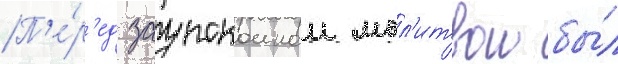
П'е́р'ед заупокоинои мол'итвои бы́л